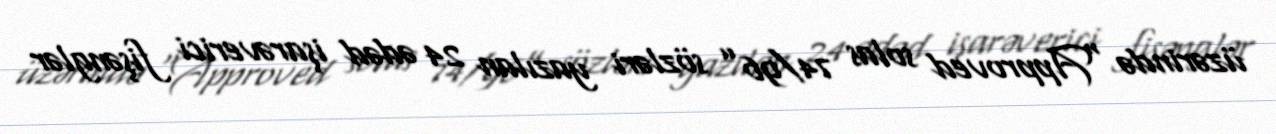
üzərində “Approved solas 74/96” sözləri yazılan 24 ədəd işarəverici fişənglər